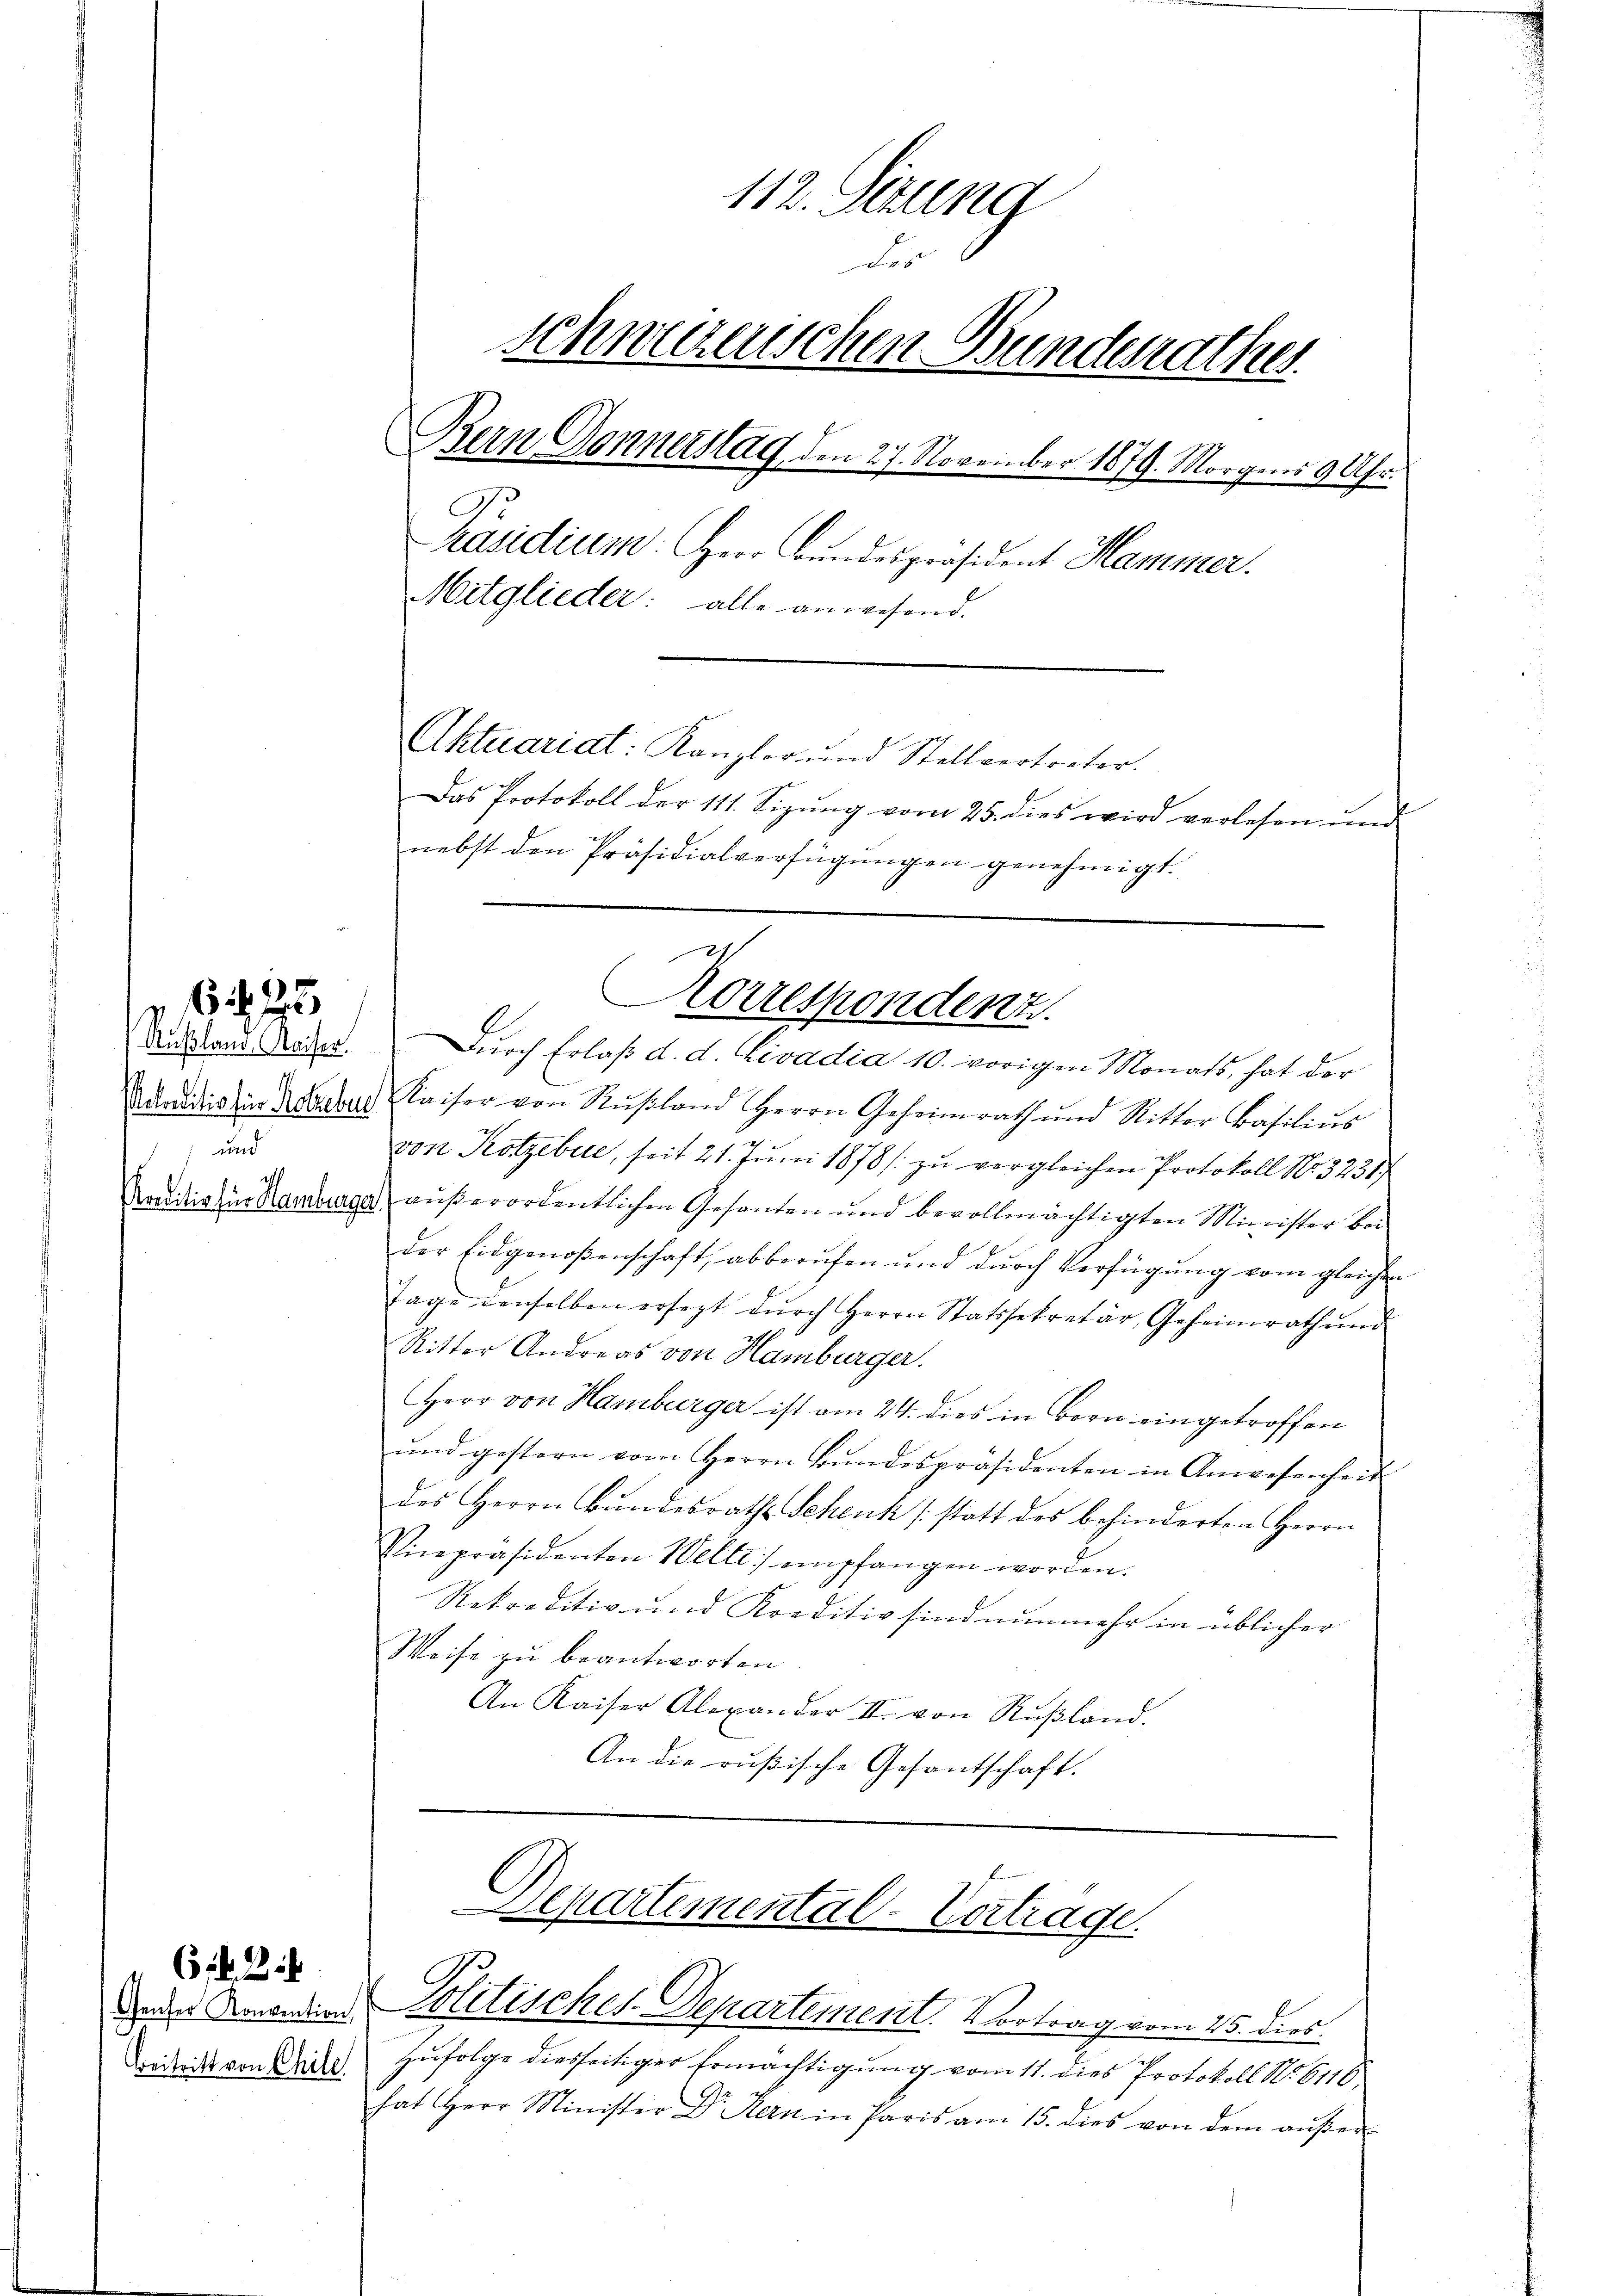
und

627

Beitritt von Chile

. . .

112. Situng
F
schneenischen Bundesrathes.
Bern Donnerstag, den 27. November 1879. Morgens 9 Uhr.
Präsidium. Herr Bundespräsident Hammer.
Mitglieder: alle anwesend.
Aktuariat: Kanzler und Stellvertreter.
Das Protokoll der 111. Sizung vom 25. dies wird verlesen und
nebst den Präsidialverfügungen genehmigt.

Ausland Neder. Durch Erlaß d. d. Rivadia 10. vorigen Monats, hat der
Candidistin Sacher Kaiser von Rŭstand Herrn Geheimrath und Ritter Basiliŭs
von Kotzebue, seit 21. Juni 1878 / zu vergleichen Protokoll No 3231/
Preditio in Handlunge außerordentlichen Gesanten und bevollmächtigten Minister bei
der Eidgenoßenschaft, abberufen und durch Verfügung vom gleichen
Tage denselben ersezt dŭrch Herrn Statssekretär, Geheimrath und
Ritter Andreas von Hamburger.
Herr von Hamburger ist am 24. dies in Bern eingetroffen
ŭnd gestern vom Herrn Bŭndespräsidenten in Anwesenheit
des Herrn Bundesraths Schenk (statt des behinderten Herrn
Vicepräsidenten Welti empfangen worden.
Rekreditiv und Kreditiv sind nunmehr in üblicher
Weise zu beantworten
An Kaiser Alexander II. von Rußland.
An die rußische Gesantschaft.

Korrespondent

Separtemental-Vertrage.
Dein Morden Politisches Departement. Vortrag vom 25. dies

zufolge diesseitiger Ermächtigung vom 11. dies Protokoll No 6116
hat Herr Minister Dr. Hern in Paris am 15. dies von dem außer